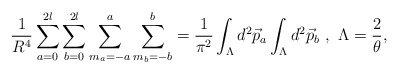
\begin{align*}\frac{1}{R^4} \sum_{a=0}^{2l} \sum_{b=0}^{2l} \sum_{m_a = -a}^{a}\sum_{m_b = -b}^{b} = \frac{1}{ {\pi}^2} \int_{\Lambda} d^2\vec{p}_a \int_{\Lambda} d^2\vec{p}_b~,~{\Lambda}=\frac{2}{\theta},\end{align*}